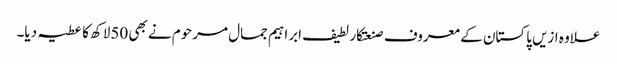
علاوہ ازیں پاکستان کے معروف صنعتکار لطیف ابراہیم جمال مرحوم نے بھی 50لاکھ کا عطیہ دیا۔